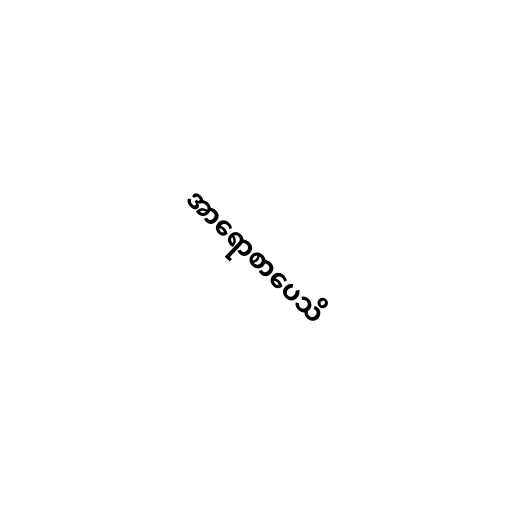
အာရောစာပေသိ